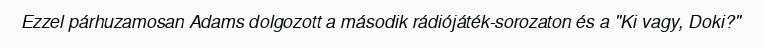
Ezzel párhuzamosan Adams dolgozott a második rádiójáték-sorozaton és a "Ki vagy, Doki?"